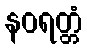
နဝရတ္တံ